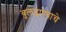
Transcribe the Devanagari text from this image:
बुलढाण्याचे